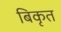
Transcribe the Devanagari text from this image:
बिकृत